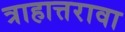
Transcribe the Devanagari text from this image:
त्राहात्तरावा